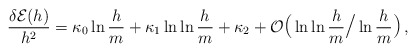
\begin{align*}{\delta {\cal E}(h) \over h^2}= \kappa_0\ln{h\over m}+\kappa_1\ln\ln{h\over m}+\kappa_2+ {\cal O} {\hbox{\Large (}} \ln \ln {h \over m} {\hbox{\Large /}}\ln {h \over m} {\hbox{\Large )}} \, ,\end{align*}